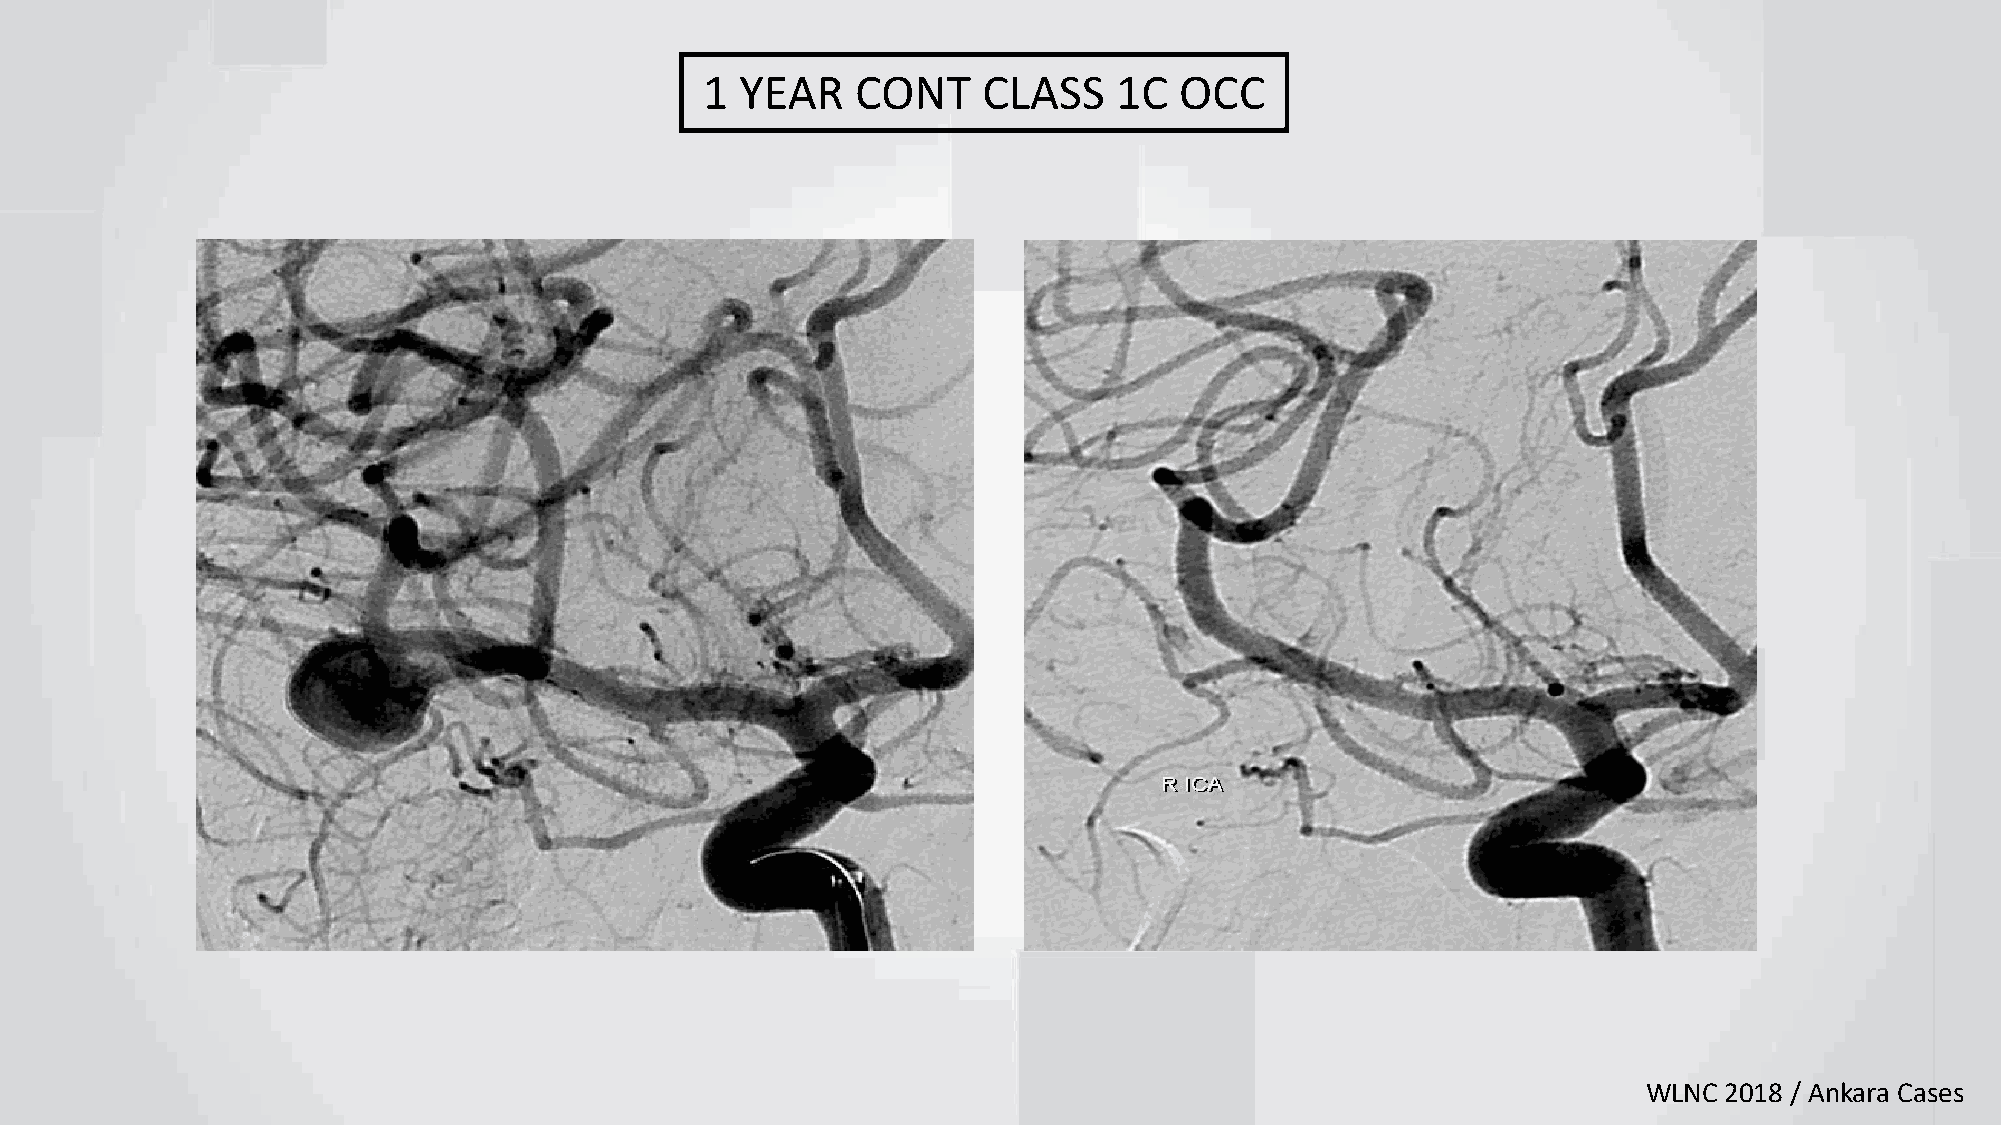
1 YEAR    CONT    CLASS    1C  OCC
 WLNC 2018 / Ankara Cases